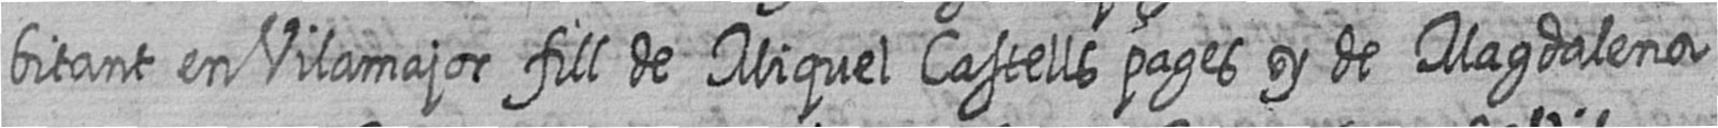
bitant en Vilamajor fill de Miquel Castells pages y de Magdalena